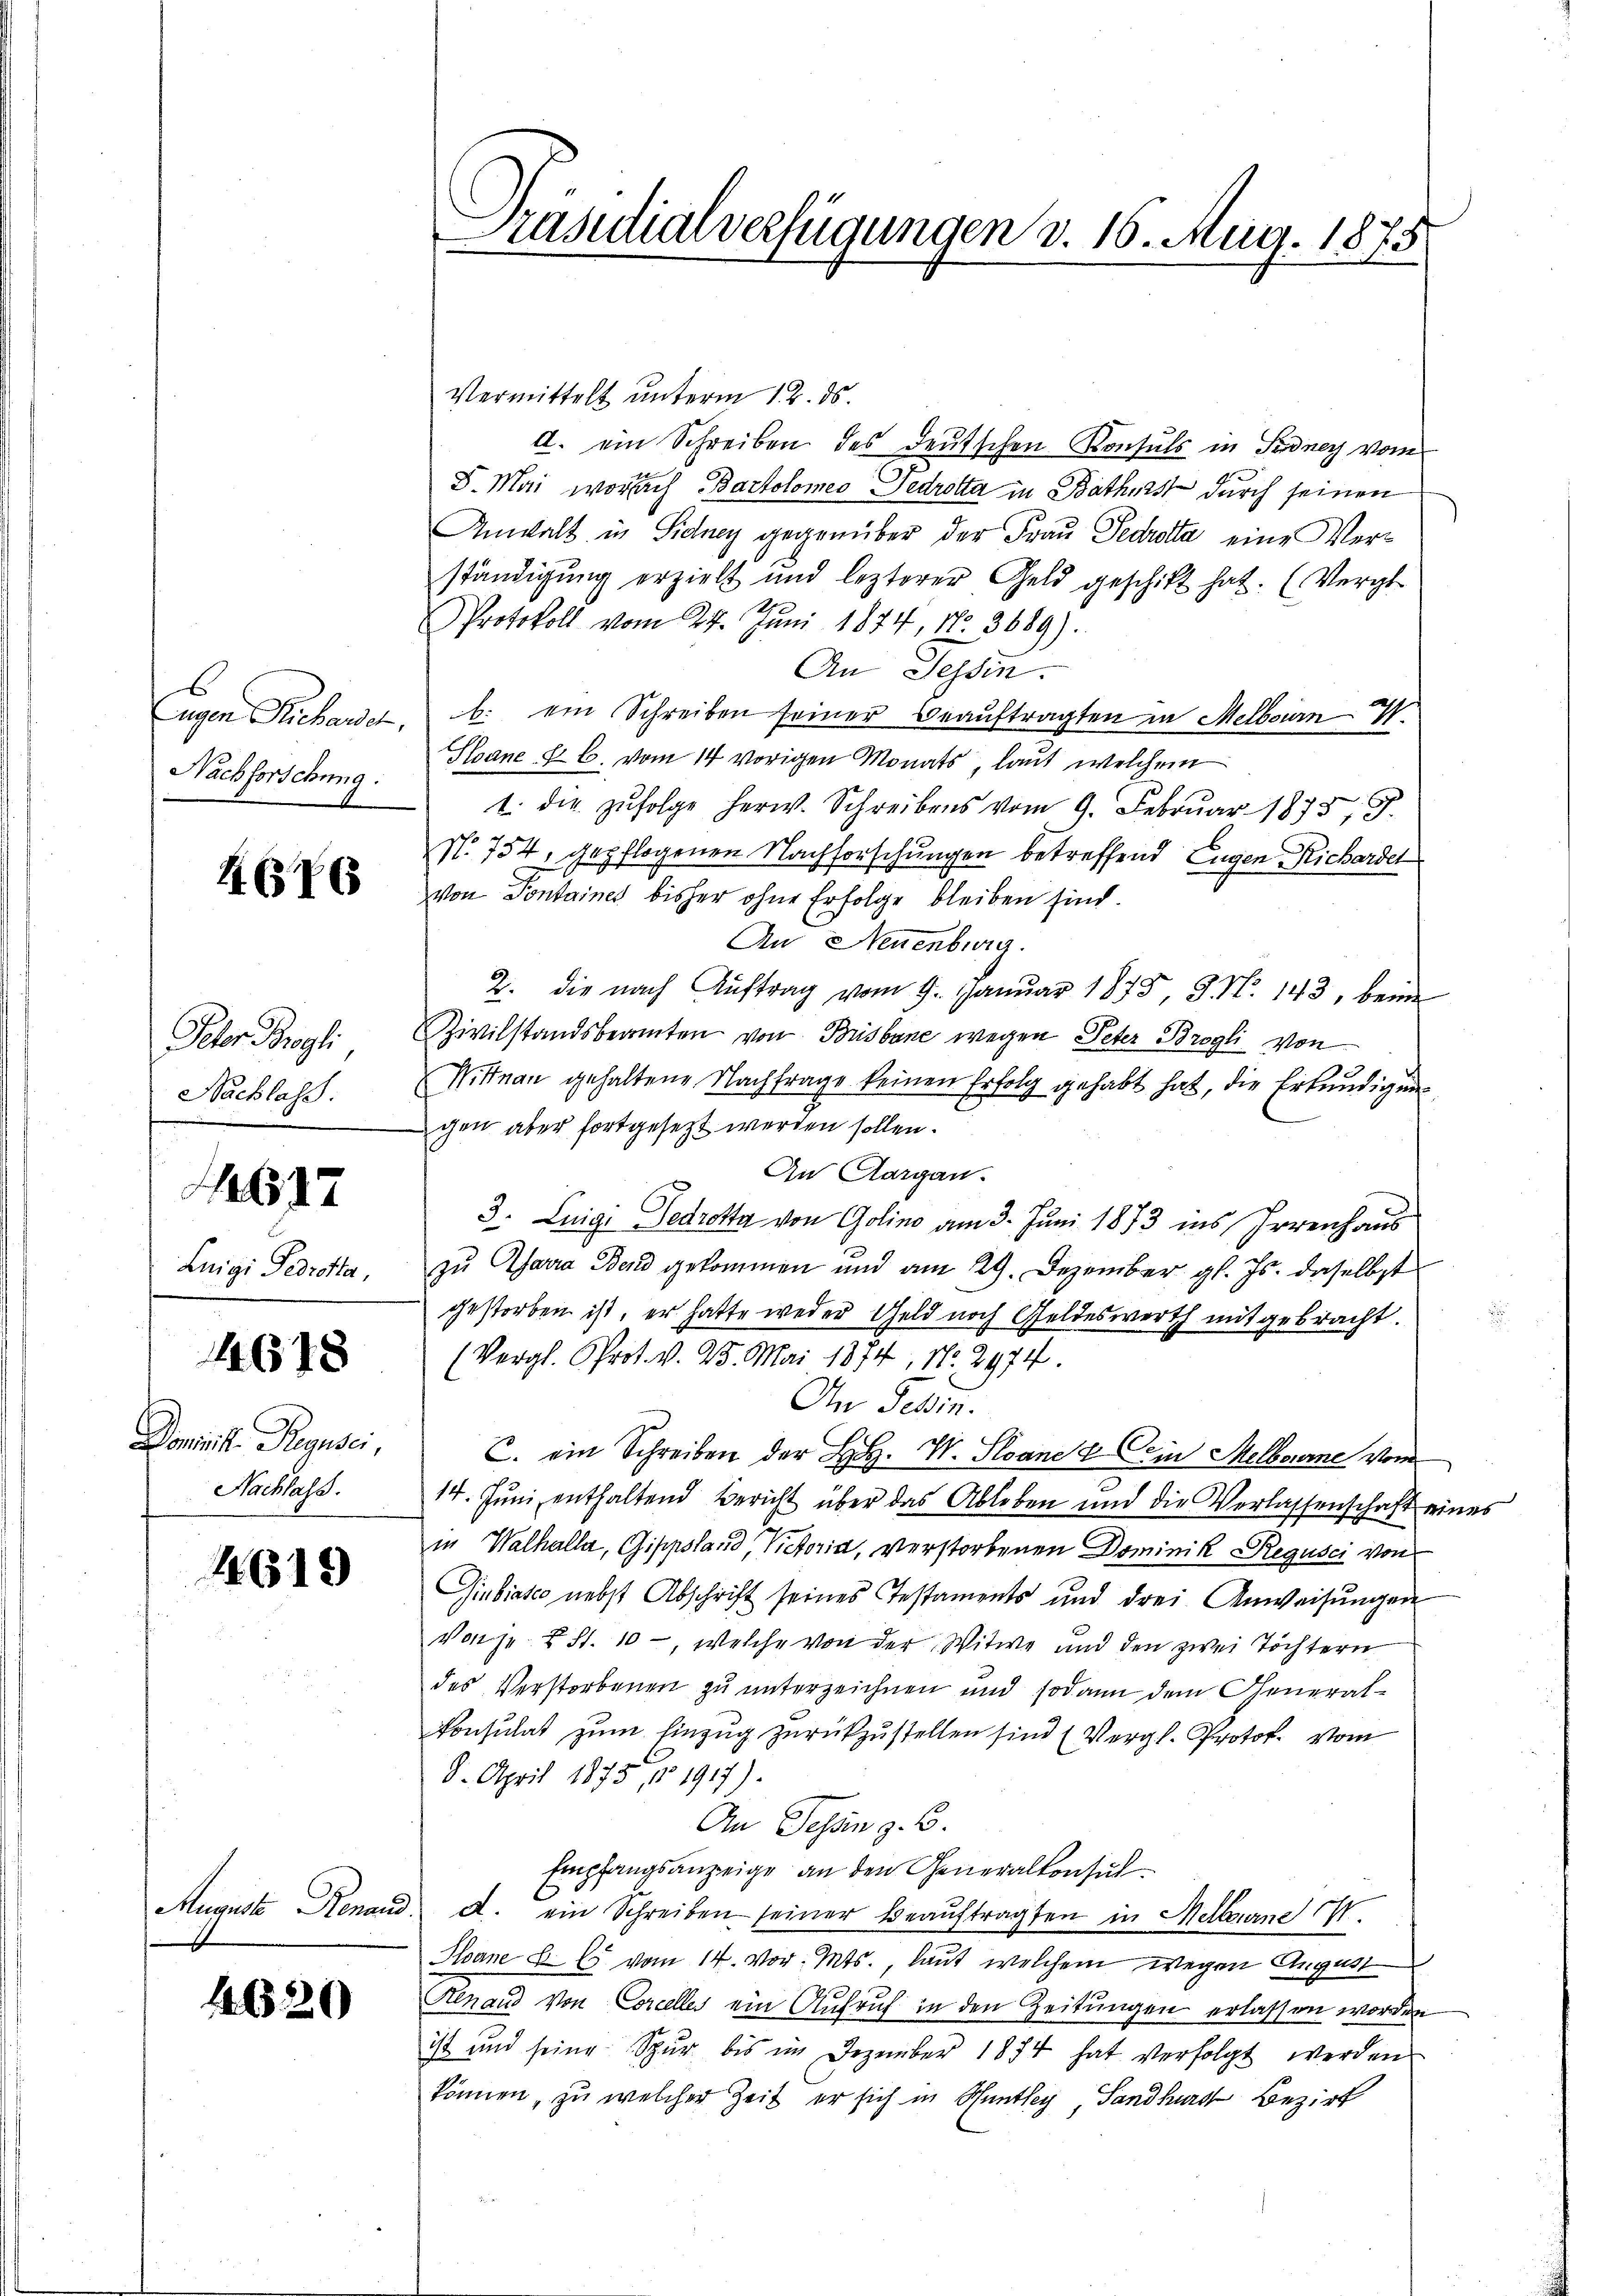
Eugen Schand
Nachforschung:

4676

Pctor Brogli
Nachlass.

Luigi Perotta,

617

4678

Doministe Regusei
Nachlass.

4619

August Renand

4620

Präsidialverfügungen d. 16. Aug. 1875

Vermittelt unterm 12. ds.
d. ein Schreiben des deutschen Konsuls in Sudner von
S. Mai wornach Bartolomeo Dedrotta in Bathrist durch seinen
Anwalt in Sidney gegenüber der Frau Fedrotta eine Verständigung erzielt und lezterer Geld geschift hat. (Vergl
Protokoll vom 24. Juni 1874, No. 3689).
An Tessin.
b. ein Schreiben seiner Beaŭftragten in Melbourn
Stoane fr C. vom 14 vorigen Monats, laut welchem
t. die zŭfolge herw. Schreibens vom 9. Febrŭar 1878; P.
No 754, gepflogenen Nachforschungen betreffend Eugen Richardel
von Pontaines bisher ohne Erfolge bleiben sind
An Neuenburg.
2. die nach Auftrag vom 9. Januar 1873 3. No. 143, beim
Zivilstandsbeamten von Brisbare wegen Peter Brogli von
Nittnau gehaltene Nachfrage keinen Erfolg gehabt hat, die Erkundigung
gen aber fortgesezt werden sollen.
An Aargau.
3. Luigi Gedretta von Golino am 3. Juni 1873 ins Irrenhaus
zu Zara Bend gekommen und am 29. Dezember gl. Js. daselbst
gestorben ist, er hatte weder Geld noch Geldeswerth mitgebracht.
(Vergl. Prot. v. 23. Mai 1874, No. 2974.
An Gebin.
C. ein Schreiben der L. W. Stand & Dein Melbourne vom
14. Juni enthaltend Bericht über das Ableben und die Verlassenschaft eines
in Walhalla, Gippsland Victoria, verstorbenen Dominik Regusci von
Giubiato nebst Abschrift seines Testaments und drei Anweisungen
Vone X S. 10 -, welche von der Witwe und den zwei Töchtern
des Verstorbenen zu unterzeichnen und sodann dem General-
Konsulat zum Einzug zurückzustellen sind (Vergl. Proto. vom
8. April 1875, No 1917).
An Sessen z. B.
Empfangsanzeige an den Generalkonsul
A. ein Schreiben seiner Beaŭftragten in Melland 17.
Hoane E. E. vom 14. vor. Mts., laut welchem wegen August
Henaud von Concelles ein Aufruf in den Zeitungen erlassen worden
ist und seine Spur bis im Dezember 1874 hat verfolgt werden
können, zu welcher Zeit er sich in Hunthey Sandhard Bezirk